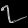
Digit: ၇